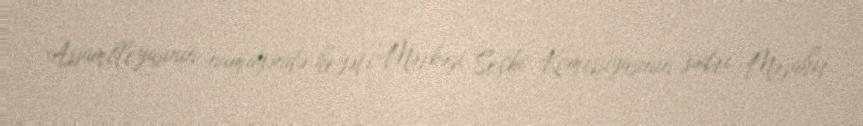
Assambleyasının nümayəndə heyəti Mərkəzi Seçki Komissiyasının sədri Məzahir